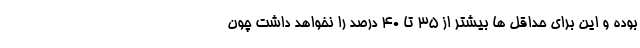
بوده و این برای حداقل ها بیشتر از 35 تا 40 درصد را نخواهد داشت چون